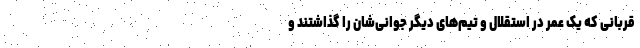
قربانی که یک عمر در استقلال و تیم‌های دیگر جوانی‌شان را گذاشتند و